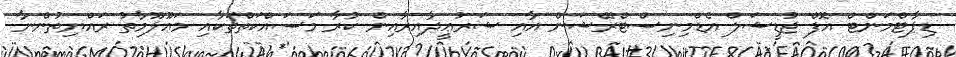
ޑިޕާޓްމަންޓް އޮފް ޖުޑީޝަލް އެޑްމިނިސްޓްރޭޝަން އާއި ޝަރުޢީދާއިރާއިން ކުރާ މަސައްކަތްތަކާއި މަޢޫލޫމާތު ރައްޔިތުންނާ